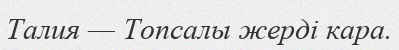
Талия — Топсалы жерді кара.